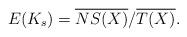
LaTeX: \begin{align*}E(K_s)=\overline{NS(X)}/\overline{T(X)}.\end{align*}